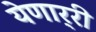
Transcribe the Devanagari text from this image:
येणार्‍री